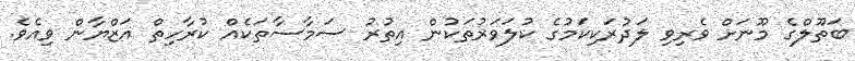
ބަތޫލްގެ މޫނަށް ވެރިވި ލަދުރަކިކަމުގެ ކުލަވަރުތަކުން އިތުރު ސަމާސާތަކެއް ކުރާހިތް އަޒްޔާން ވިއެވެ.